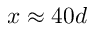
x \approx 4 0 d